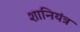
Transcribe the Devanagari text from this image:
शानियंत्र